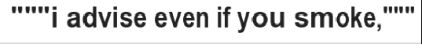
"""i advise even if you smoke,"""